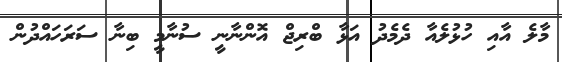
މާލެ އާއި ހުޅުލެއާ ދެމެދު އަޅާ ބްރިޖް އޮންނާނީ ސުނާމީ ބިނާ ސަރަހައްދުން